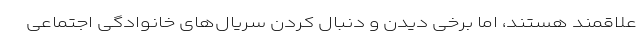
علاقمند هستند، اما برخی دیدن و دنبال کردن سریال‌های خانوادگی اجتماعی